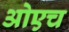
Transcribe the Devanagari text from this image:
ओएच